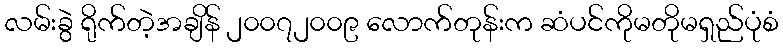
လမ်းခွဲ ရိုက်တဲ့အချိန် ၂၀၀၇၂၀၀၉ လောက်တုန်းက ဆံပင်ကိုမတိုမရှည်ပုံစံ